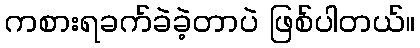
ကစားရခက်ခဲခဲ့တာပဲ ဖြစ်ပါတယ်။